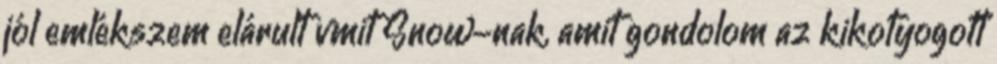
jól emlékszem elárult vmit Snow-nak, amit gondolom az kikotyogott